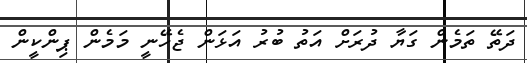
ދަތޭ ތަމެން ގަޔާ ދުރަށް އަތު ބުރު އަޅަން ޖެހޭނީ މަމެން ޕިންކީން